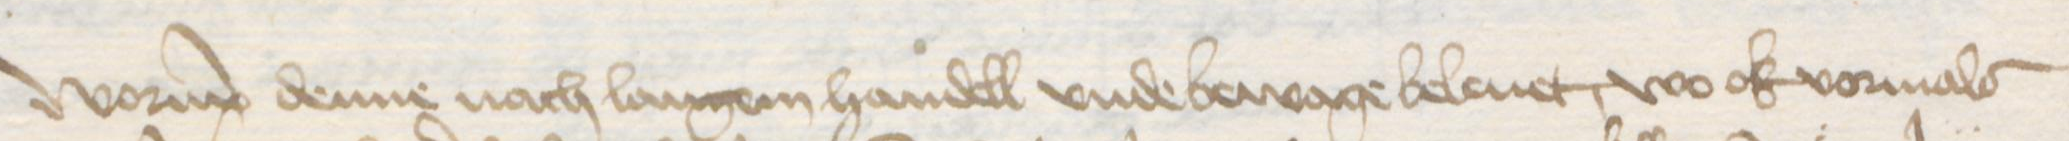
Transcription: Worup denne nach langem handell vnde bewage beleuet, wo ok vormals